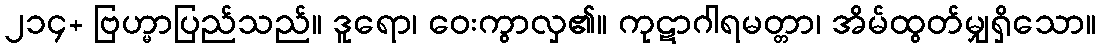
၂၁၄+ ဗြဟ္မာပြည်သည်။ ဒူရော၊ ဝေးကွာလှ၏။ ကုဋာဂါရမတ္တာ၊ အိမ်ထွတ်မျှရှိသော။